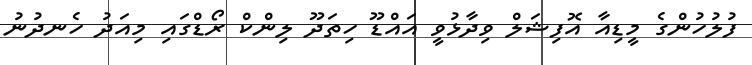
ފުލުހުންގެ މީޑިއާ އޮފިޝަލް ވިދާޅުވީ އައްޑޫ ހިތަދޫ ލިންކް ރޯޑްގައި މިއަދު ހެނދުނު